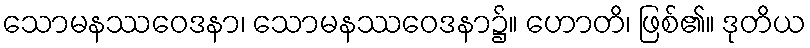
သောမနဿဝေဒနာ၊ သောမနဿဝေဒနာ၌။ ဟောတိ၊ ဖြစ်၏။ ဒုတိယ